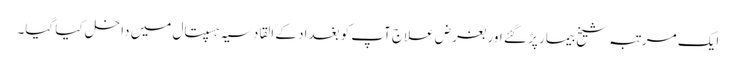
ایک مرتبہ شیخ بیمار پڑ گئے اور بغرض علاج آپ کو بغداد کے القادسیہ ہسپتال میں داخل کیا گیا۔